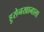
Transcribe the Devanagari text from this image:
हुसेनखानाला